Insane asylums in Bengal annual reports 1867-1875 - 1867-1875
Year: 1867
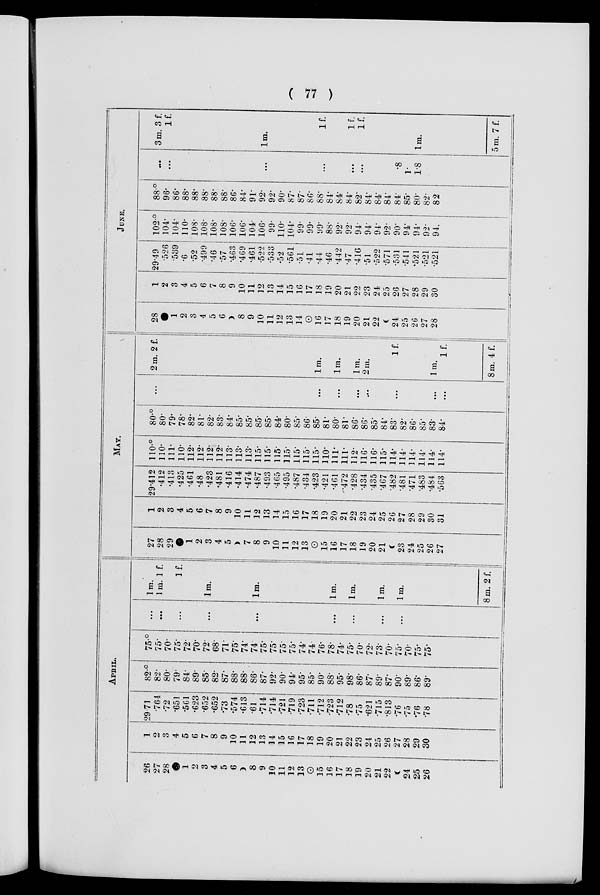
( 77
)
APRIL.
26
27
28
1
2
3
4
5
6
8
9
10
11
12
13
15
16
17
18
19
20
21
22
24
25
26
1
2
3
4
5
6
7
8
9
10
11
12
13
14
15
16
17
18
19
20
21
22
23
24
25
26
27
28
29
30
29.71
.764
.72
.651
.561
.623
.652
.652
.73
.574
.613
.61
.714
.714
.721
.719
.723
.711
.712
.723
.712
.78
.75
.621
.715
.813
.76
.75
.76
.78
82.°
82.
80.
79.
84.
89.
85.
82.
87.
88.
88.
86.
87.
92.
90.
94.
95.
85.
90.
88.
95.
98.
86.
87.
89.
87.
90.
89.
86.
89.
75.°
75.
70.
75.
72.
70.
72.
68.
71.
75.
74.
74.
75.
75.
75.
75.
74.
74.
76.
78.
74.
75.
70.
72.
73.
70.
75.
70.
75.
75.
...
...
...
...
...
...
...
...
...
1 m.
1 m. 1 f.
1 f.
l m.
1 m.
1 m.
1 m.
1 m.
1 m.
8m. 2 f.
MAY.
27
28
29
1
2
3
4
5
7
8
9
10
11
12
13
15
16
17
18
19
20
21
23
24
25
26
27
1
2
3
4
5
6
7
8
9
10
11
12
13
14
15
16
17
18
19
20
21
22
23
24
25
26
27
28
29
30
31
29.412
.412
.413
.425
.461
.48
.423
.481
.416
.414
.474
.487
.493
.465
.495
.487
.434
.423
.421
.461
.472
.428
.434
.435
.467
.482
.481
.471
.483
.484
.563
110.°
110. 111.
110. 112.
112.
112.
112.
113.
113.
113.
115.
115.
115.
115.
115.
115.
115.
110.
111.
111.
112.
116.
116.
115.
114.
114.
114.
114.
114.
114.
80.°
80.
79.
78.
82.
81.
82.
83.
84.
85.
85.
85.
85.
84.
80.
85.
86.
85.
81.
80.
81.
86.
86.
85.
84.
83.
82.
86.
85.
83.
84.
...
...
...
...
...
...
...
...
2m. 2f.
1 m.
1 m.
1 m.
2 m.
1 f.
1 m.
1 f.
8m. 4f.
JUNE.
28
1
2
3
4
5
6
8
9
10
11
12
13
14
16
17
18
19
20
21
22
24
25
26
27
28
1
2
3
4
5
6
7
8
9
10
11
12
13
14
15
16
17
18
19
20
21
22
23
24
25
26
27
28
29
30
29.49
.526
.539
.6
.52
.499
.46
.57
.463
.469
.461
.522
.533
.52
.561
.51
.41
.44
.46
.442
.47
.416
.51
.522
.571
.531
.541
.521
.521
.521
102.°
104.
104.
110.
108.
108.
108.
108.
106.
106.
104.
106.
99.
110. 104.
99.
99.
99.
88.
92.
92.
94.
94.
94.
92.
90.
94.
94.
92.
94.
88.°
96.
86.
88.
88.
88.
88.
88.
86.
84.
91.
92.
92.
90.
87.
87.
86.
88.
84.
84.
84.
82.
84.
84.
84.
84.
85.
80.
82.
82.
...
...
...
...
...
...
.8
1.
1.8
3m. 3 f.
1 f.
1 m.
1 f.
1 f.
1 f.
1 m.
5m. 7f.